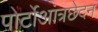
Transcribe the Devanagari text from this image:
पोर्टोआंत्रछेदन